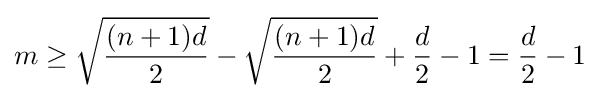
m\geq {\sqrt {\frac {(n+1)d}{2}}}-{\sqrt {\frac {(n+1)d}{2}}}+{\frac {d}{2}}-1={\frac {d}{2}}-1